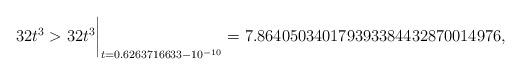
LaTeX: \begin{align*}32t^3 > 32t^3\biggr\rvert_{t=0.6263716633 - 10^{-10}} = 7.864050340179393384432870014976 ,\end{align*}